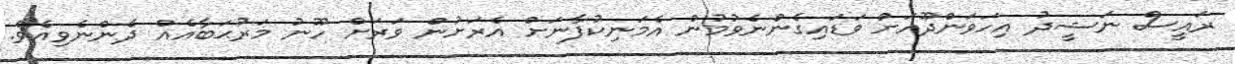
ރައީސް ނަޝީދު އިހަވަންދޫއަށް ވަޑައިގެންނެވުމުން އެމަނިކުފާނަށް އެރަށުން ވަރަށް ހޫނު މަރުޙަބާއެއް ދެންނެވިއެވެ.